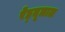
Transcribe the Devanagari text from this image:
रेह्तूलाल